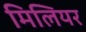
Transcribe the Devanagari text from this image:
मिलियर